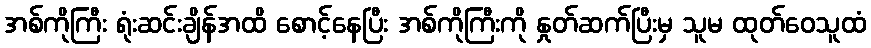
အစ်ကိုကြီး ရုံးဆင်းချိန်အထိ စောင့်နေပြီး အစ်ကိုကြီးကို နှုတ်ဆက်ပြီးမှ သူမ ထုတ်ဝေသူထံ